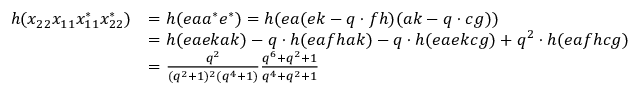
\begin{array} { r l } { h ( x _ { 2 2 } x _ { 1 1 } x _ { 1 1 } ^ { * } x _ { 2 2 } ^ { * } ) } & { = h ( e a a ^ { * } e ^ { * } ) = h ( e a ( e k - q \cdot f h ) ( a k - q \cdot c g ) ) } \\ & { = h ( e a e k a k ) - q \cdot h ( e a f h a k ) - q \cdot h ( e a e k c g ) + q ^ { 2 } \cdot h ( e a f h c g ) } \\ & { = \frac { q ^ { 2 } } { ( q ^ { 2 } + 1 ) ^ { 2 } ( q ^ { 4 } + 1 ) } \frac { q ^ { 6 } + q ^ { 2 } + 1 } { q ^ { 4 } + q ^ { 2 } + 1 } } \end{array}